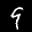
Label: 9